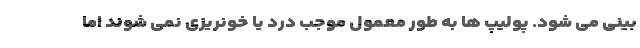
بینی می شود. پولیپ ها به طور معمول موجب درد یا خونریزی نمی شوند اما